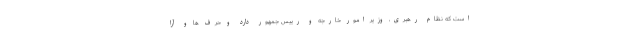
است که نظام رهبری، وزیر امور خارجه و رییس جمهور دارد و حرف ها و آرا